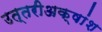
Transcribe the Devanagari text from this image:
उत्तरीअक्षांश